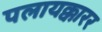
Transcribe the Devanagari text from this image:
पलायक्कारर